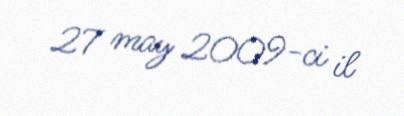
27 may 2009-ci il